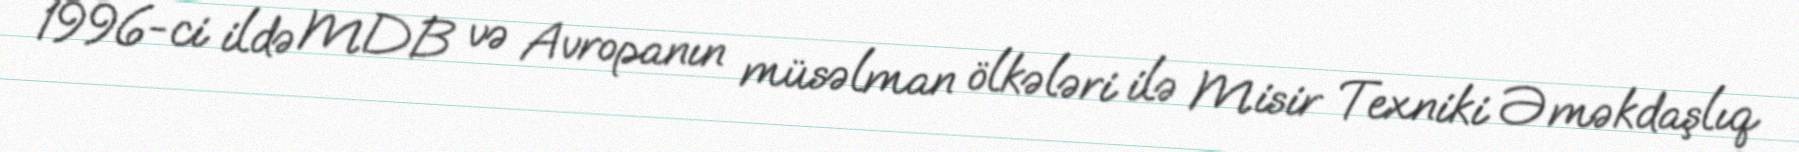
1996-ci ildə MDB və Avropanın müsəlman ölkələri ilə Misir Texniki Əməkdaşlıq